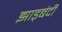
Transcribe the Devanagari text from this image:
झाड़बंदी